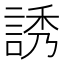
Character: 誘